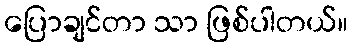
ပြောချင်တာ သာ ဖြစ်ပါတယ်။